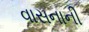
વાસનાની